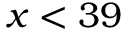
x < 3 9